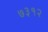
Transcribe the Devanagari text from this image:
७३१२